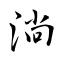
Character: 淌